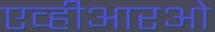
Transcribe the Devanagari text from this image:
एव्हीआरओ